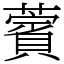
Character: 薲